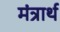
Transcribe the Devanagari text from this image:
मंत्रार्थ